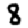
Digit: 8